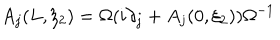
LaTeX: A _ { j } ( L , \xi _ { 2 } ) = \Omega ( i \partial _ { j } + A _ { j } ( 0 , \xi _ { 2 } ) ) \Omega ^ { - 1 }